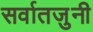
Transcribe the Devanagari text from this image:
सर्वातजुनी